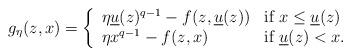
LaTeX: \begin{align*}g_{\eta}(z,x)=\left\{\begin{array}{ll}\eta\underline{u}(z)^{q-1}-f(z,\underline{u}(z))&\mbox{if}\ x\leq\underline{u}(z)\\\eta x^{q-1}-f(z,x)&\mbox{if}\ \underline{u}(z)<x.\end{array}\right.\end{align*}